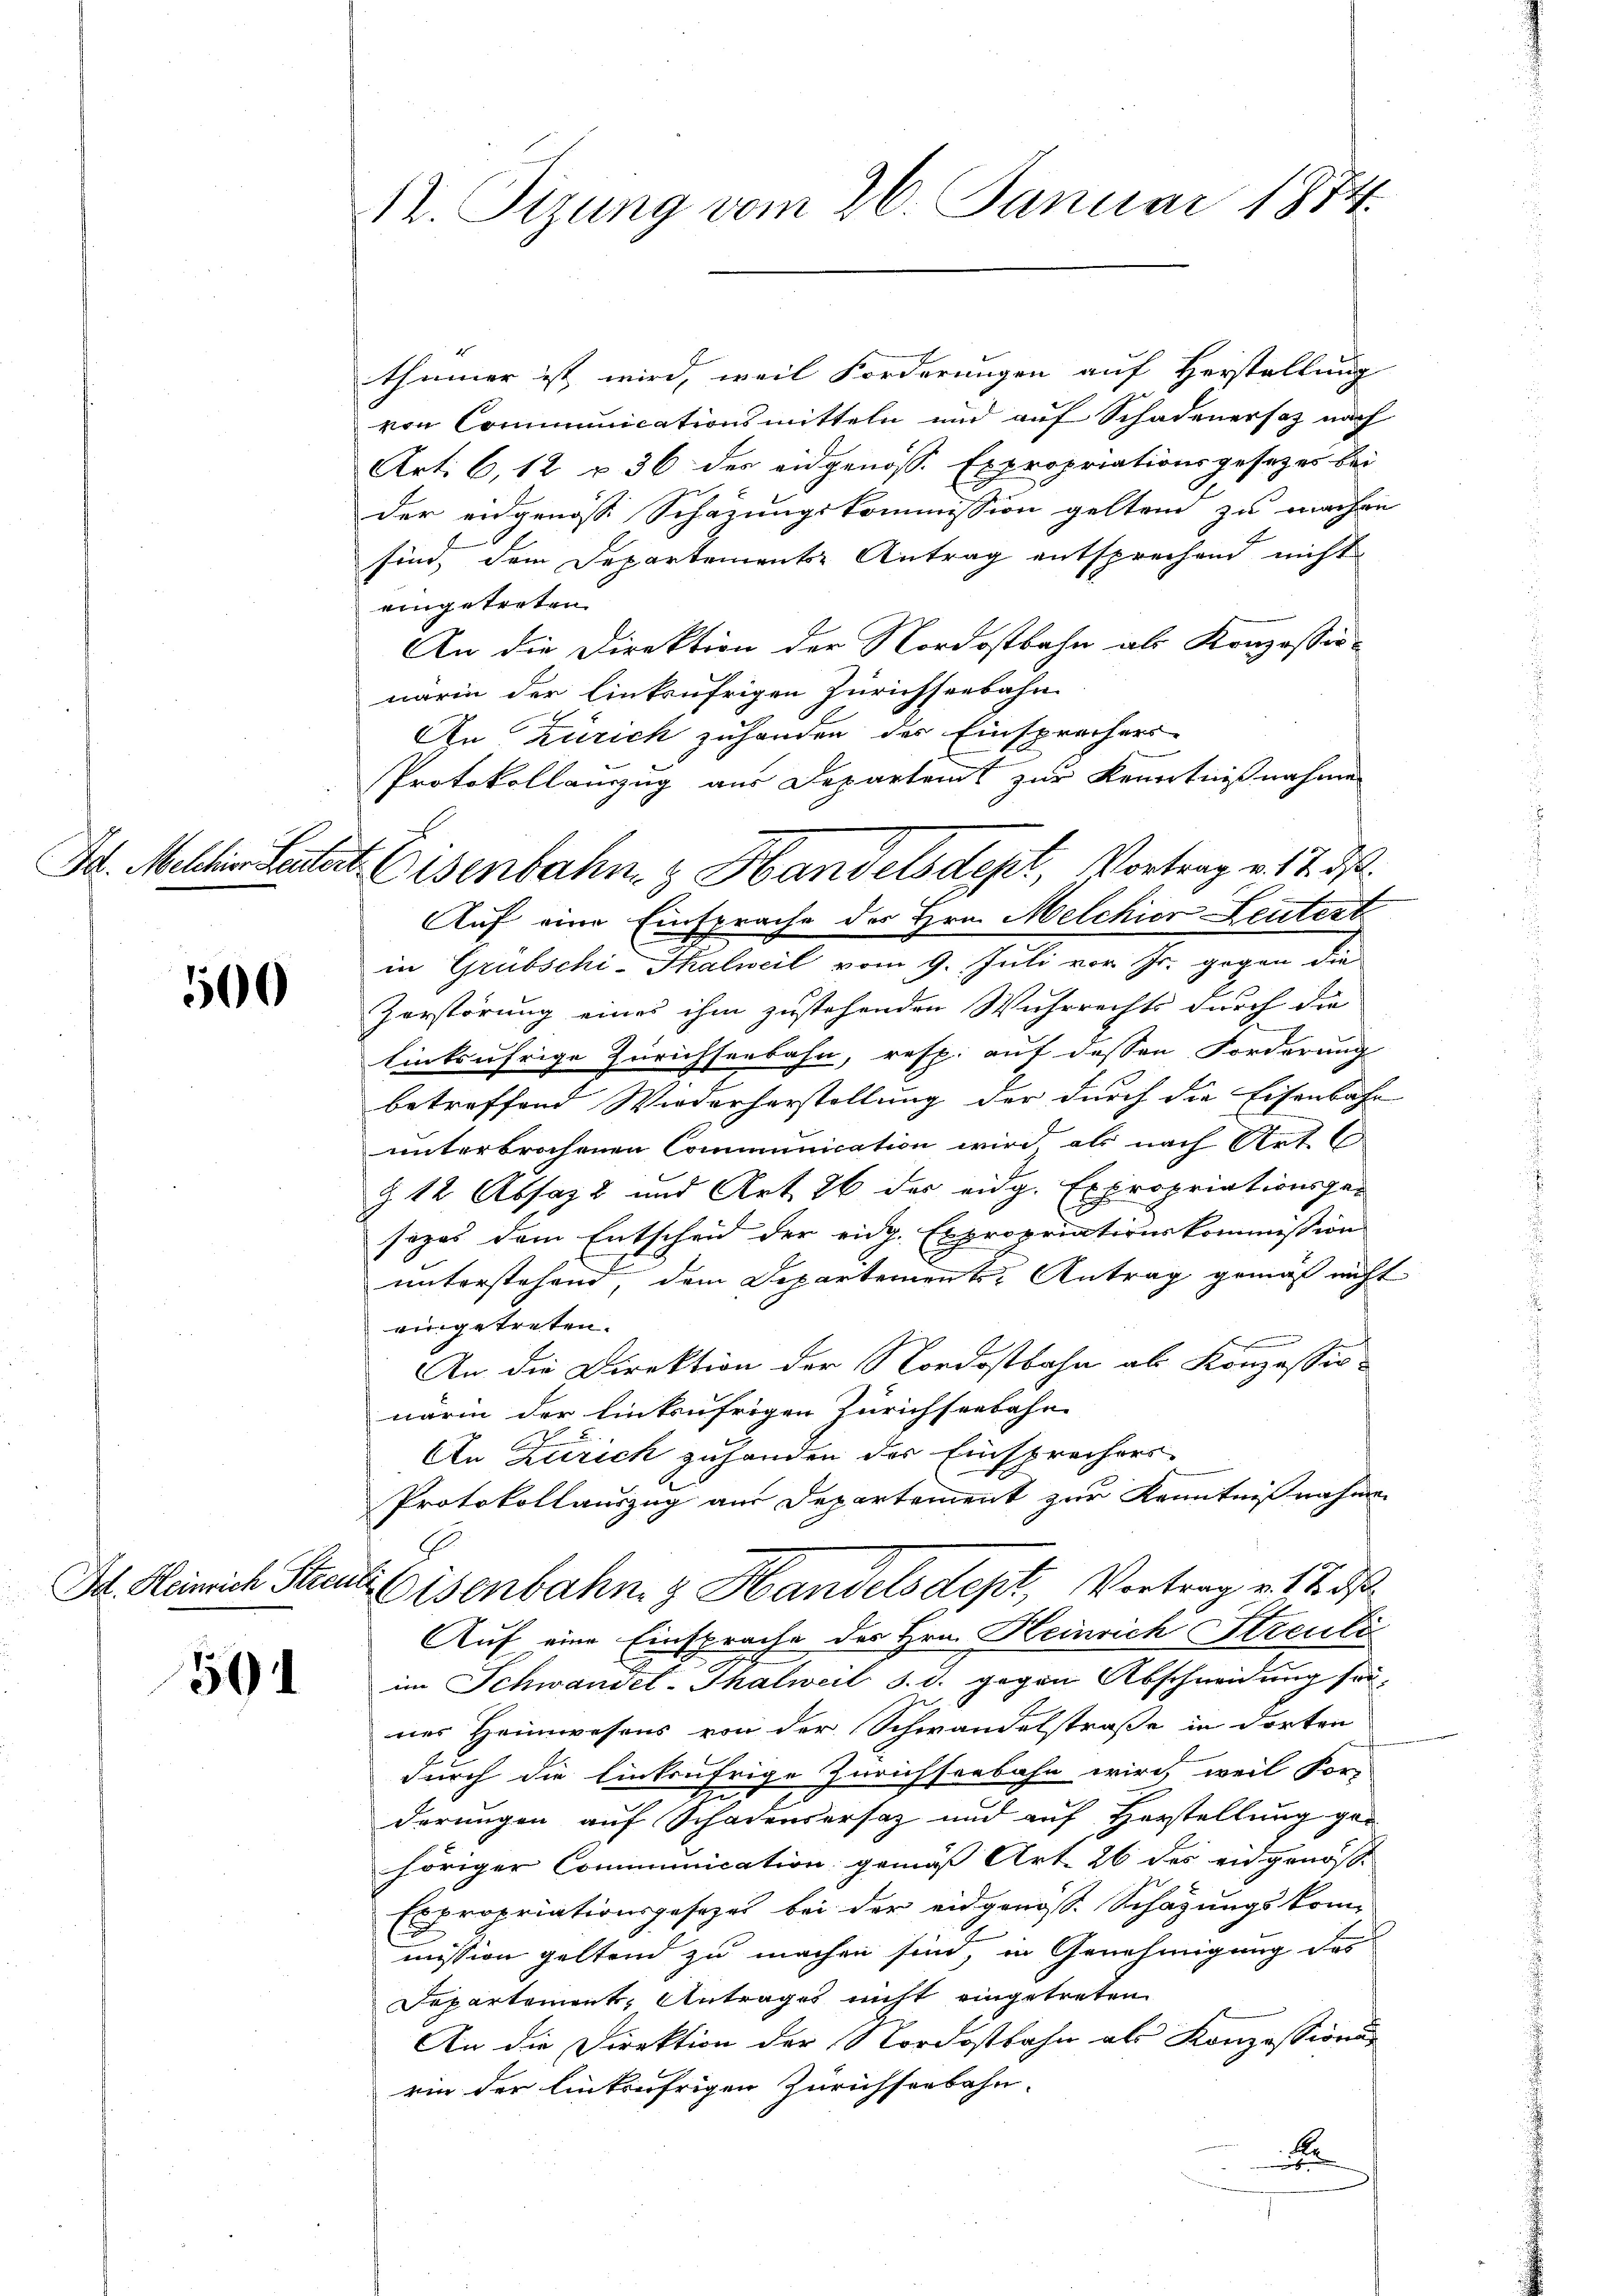
100

Id. Heinrich Streu

501

12. Tizung vom 26. Januar 1874.

thümer ist wird, weil Forderungen auf Herstellung
von Communicationsmitteln und auf Schadenersatz nach
Art. 6, 12 u 36 des eidgenöss. Expropriationsgesezes bei
der eidgenosse Schazungskommission geltend zu machen
sind, dem Departemente Antrag entsprechend nicht
eingetreten.
An die Direktion der Nordostbahn als Konzessionärin der linksufrigen Zürichseebahn
An Zürich zuhanden der Einsprachers-
Protokollauszug aus Departamt zur Kenntnißnahme
Auf eine Einsprache der Hrn. Melchior Leutert
in Grubschi-Thalweil vom 9. Juli vor Jr. gegen die
Zerstörung eines ihm zustehenden Wuhrrechts durch die
linksufrige Zürichserbahn, resp. auf dessen Forderung
betreffend Wiederhorstellung der durch die Eisenbahn
unterbrochenen Communication wird als nach Art
§ 12 Absazt und Art. 26 des eidg. Expropriationsger
sezes dem Entscheid der eidg. Expropriationskommission
unterstehend, dem Departement Antrag gemäß nicht
eingetreten.
An die Direktion der Nordostbahn als Konzessio-
närin der linksufrigen Zürichseebahn
An Zürich zuhanden des Einsprechers
Protokollauszug aus Departement zur Kenntnißnahmen
Eisenbahn z. Handelsdept, Vortrag v. 12. ds.
Auf eine Einsprache des Hrn. Heinrich Streuli
im Schwandel-Thalweil d. d. gegen Abschneidung sei,
ner Heimwesens von der Schwandelstraße in dorten
durch die Einkufrige Zürichseebahn wird, weil For-
2
derungen auf Schadensersatz und auf Horstellung ge-
höriger Communication gemäß Art. 26 des eidgenöss
Expropriationsgesezes bei der eidgenöss. Schazungskom-
mission geltend zu machen sind, in Genehmigung des
Departement, Antrages nicht eingetreten
An die Direktion der Nordostbahn als Konzessionu
rin der linkufrigen Zürichsenbahn-
Kr
.

Id. Mehtir Lautet Eisenbahn & Handelsdept, Vortrag v. 17. d.